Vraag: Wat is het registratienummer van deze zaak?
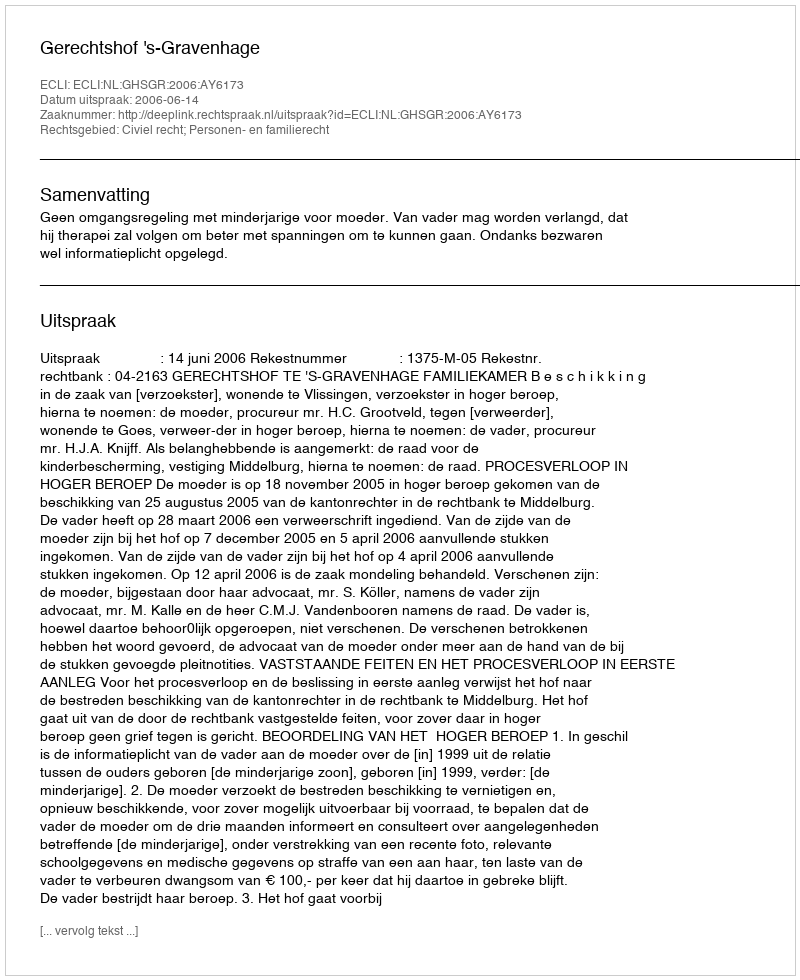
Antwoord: http://deeplink.rechtspraak.nl/uitspraak?id=ECLI:NL:GHSGR:2006:AY6173